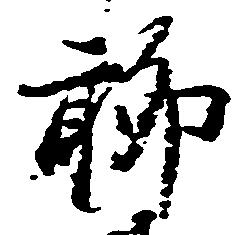
聊